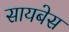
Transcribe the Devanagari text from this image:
सायबेस